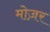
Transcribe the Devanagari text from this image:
मोज़र